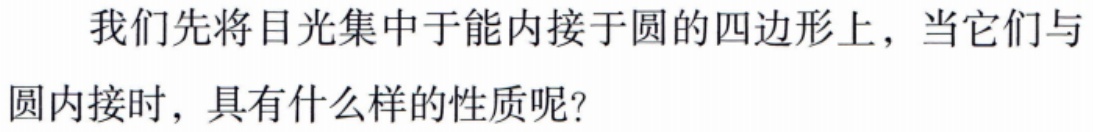
我们先将目光集中于能内接于圆的四边形上，当它们与圆内接时，具有什么样的性质呢？